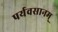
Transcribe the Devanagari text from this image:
पर्यवसानम्